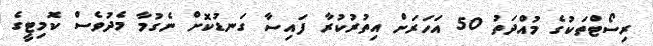
ރިސޯޓްތަކުގެ މުއްދަތު 50 އަހަރަށް އިތުރުކުރާ ފައިސާ ގަނޑުކޮށް ނެގުމާ މެދުވެސް ކޮމިޓީގެ